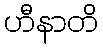
ဟီနာတိ